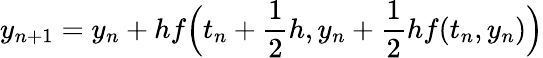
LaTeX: y_{n+1}=y_{n}+hf{\Big(}t_{n}+{\frac{1}{2}}h,y_{n}+{\frac{1}{2}}hf(t_{n},y_{n}){\Big)}